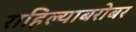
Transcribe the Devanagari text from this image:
राहिल्याबरोबर